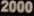
2000